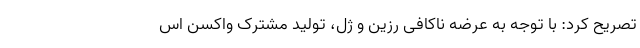
تصریح کرد: با توجه به عرضه ناکافی رزین و ژل، تولید مشترک واکسن اس